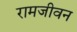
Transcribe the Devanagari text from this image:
रामजीवन